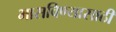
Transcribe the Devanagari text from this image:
भासविण्यासाठी